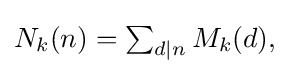
{\textstyle N_{k}(n)=\sum _{d|n}M_{k}(d),}